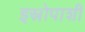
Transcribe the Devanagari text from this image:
इस्रोपाशी